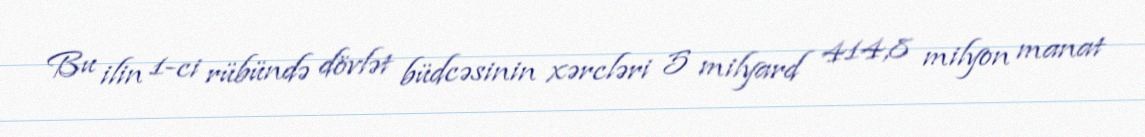
Bu ilin 1-ci rübündə dövlət büdcəsinin xərcləri 5 milyard 414,8 milyon manat